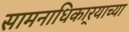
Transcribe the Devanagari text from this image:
सामनाधिकार्‍याच्या